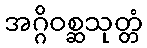
အဂ္ဂိဝစ္ဆသုတ္တံ